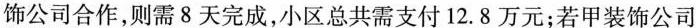
饰公司合作，则需8天完成，小区总共需支付12.8万元；若甲装饰公司